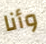
وأنا